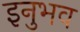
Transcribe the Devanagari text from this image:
इनुभव